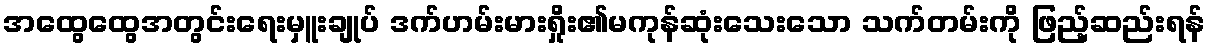
အထွေထွေအတွင်းရေးမှူးချုပ် ဒက်ဟမ်းမားရှိုး၏မကုန်ဆုံးသေးသော သက်တမ်းကို ဖြည့်ဆည်းရန်